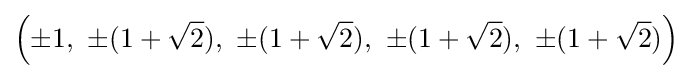
\left(\pm 1,\ \pm (1+{\sqrt {2}}),\ \pm (1+{\sqrt {2}}),\ \pm (1+{\sqrt {2}}),\ \pm (1+{\sqrt {2}})\right)